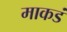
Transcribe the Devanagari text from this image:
माकडं